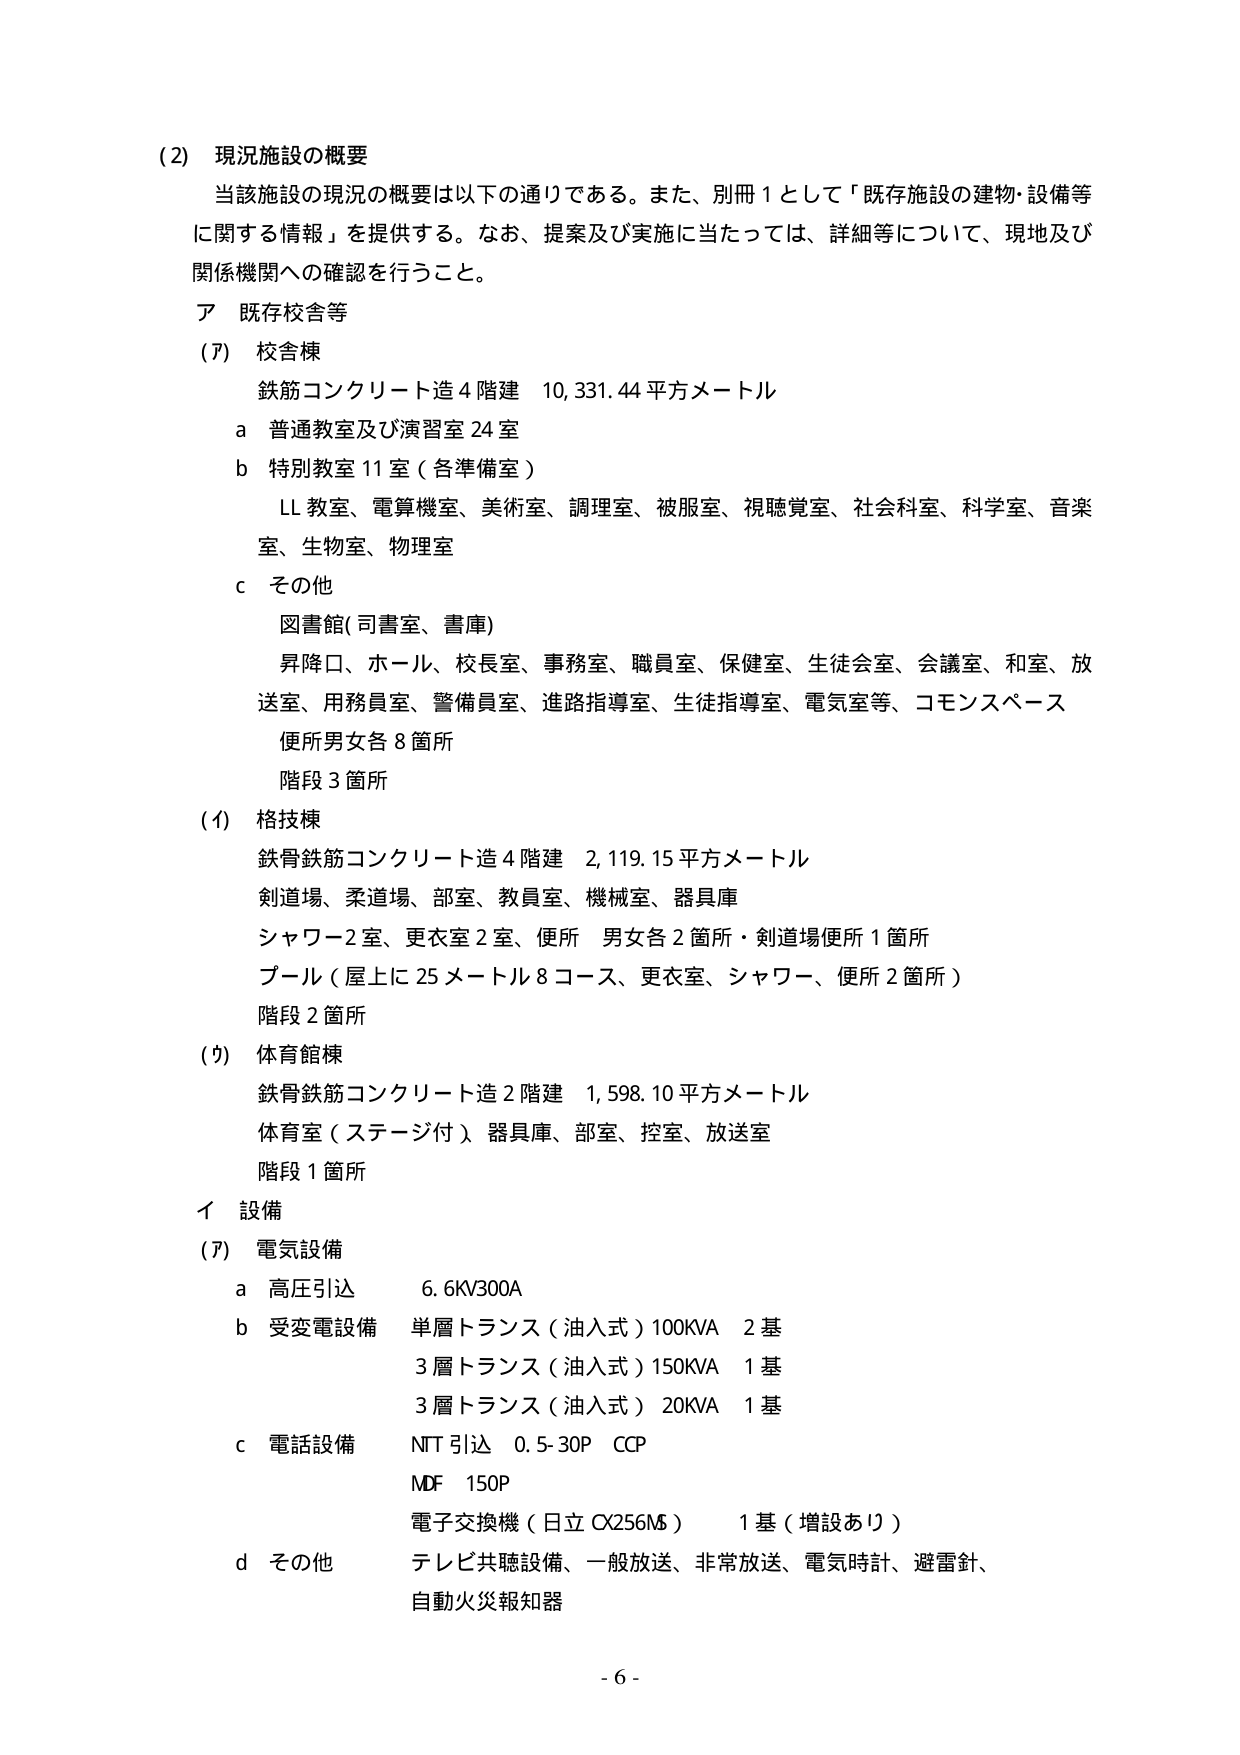
(2) 現況施設の概要
当該施設の現況の概要は以下の通りである。また、別冊1として「既存施設の建物・設備等に関する情報」を提供する。なお、提案及び実施に当たっては、詳細等について、現地及び関係機関への確認を行うこと。

ア 既存校舎等

(ｱ) 校舎棟
鉄筋コンクリート造 4階建 10,331.44平方メートル
a 普通教室及び演習室 24室
b 特別教室 11室（各準備室）
　LL教室、電算機室、美術室、調理室、被服室、視聴覚室、社会科室、科学室、音楽室、生物室、物理室
c その他
　図書館（司書室、書庫）
　昇降口、ホール、校長室、事務室、職員室、保健室、生徒会室、会議室、和室、放送室、用務員室、警備員室、進路指導室、生徒指導室、電気室等、コモンスペース
　便所男女各8箇所
　階段3箇所

(ｲ) 格技棟
鉄骨鉄筋コンクリート造 4階建 2,119.15平方メートル
剣道場、柔道場、部室、教員室、機械室、器具庫
シャワー2室、更衣室2室、便所 男女各2箇所・剣道場便所1箇所
プール（屋上に25メートル8コース、更衣室、シャワー、便所2箇所）
階段2箇所

(ｳ) 体育館棟
鉄骨鉄筋コンクリート造 2階建 1,598.10平方メートル
体育室（ステージ付）、器具庫、部室、控室、放送室
階段1箇所

イ 設備

(ｱ) 電気設備
a 高圧引込 6.6kV300A
b 受変電設備 単層トランス（油入式）100kVA 2基
　3層トランス（油入式）150kVA 1基
　3層トランス（油入式）20kVA 1基
c 電話設備 NTT引込 0.5-30P CCP
　MDF 150P
　電子交換機（日立 CX256MS） 1基（増設あり）
d その他 テレビ共聴設備、一般放送、非常放送、電気時計、避雷針、自動火災報知器

- 6 -